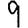
Digit: 9